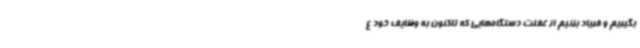
بگیریم و فریاد بزنیم از غفلت دستگاه‌هایی که تاکنون به وظایف خود ع